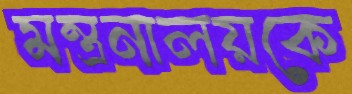
মন্ত্রনালয়কে